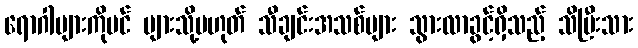
ရောဂါများကိုပင် များသို့မဟုတ် သီချင်းအသစ်များ သွားလာခွင့်ရှိသည့် သိပြီးသား